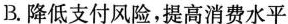
B.降低支付风险，提高消费水平